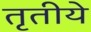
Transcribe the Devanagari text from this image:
तृतीये